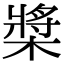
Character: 槳